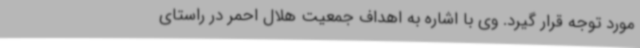
مورد توجه قرار گیرد. وی با اشاره به اهداف جمعیت هلال احمر در راستای